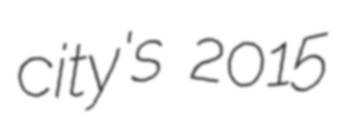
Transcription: city's 2015